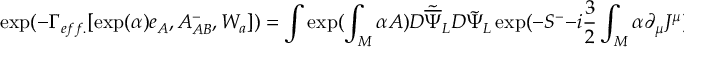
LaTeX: \exp ( - \Gamma _ { e f f . } [ \exp ( { \alpha } ) e _ { A } , A _ { A B } ^ { - } , W _ { a } ] ) = \int \exp ( \int _ { M } \alpha A ) D { \tilde { \overline { { \Psi } } } } _ { L } D { \tilde { \Psi } } _ { L } \exp ( - S ^ { - } - i \frac { 3 } { 2 } \int _ { M } \alpha \partial _ { \mu } J ^ { \mu } ) .